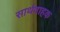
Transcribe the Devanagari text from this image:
सार्थवाहक